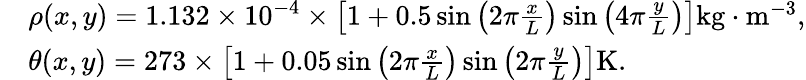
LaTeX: \begin{array}{rl}&{\rho(x,y)=1.132\times 10^{-4}\times\left[1+0.5\sin\left(2\pi\frac{x}{L}\right)\sin\left(4\pi\frac{y}{L}\right)\right]\mathrm{kg}\cdot\mathrm{m}^{-3},}\\ &{\theta(x,y)=273\times\left[1+0.05\sin\left(2\pi\frac{x}{L}\right)\sin\left(2\pi\frac{y}{L}\right)\right]\mathrm{K}.}\end{array}